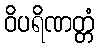
ဝိပရိဏတ္တံ